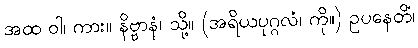
အထ ဝါ၊ ကား။ နိဗ္ဗာနံ၊ သို့။ (အရိယပုဂ္ဂလံ၊ ကို။) ဥပနေတိံ၊